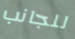
للجانب